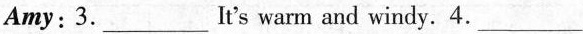
Amy:3.___It's warm and windy. 4. ___